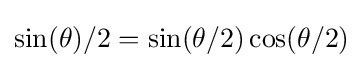
\sin(\theta )/2=\sin(\theta /2)\cos(\theta /2)